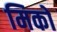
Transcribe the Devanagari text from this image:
मिकों